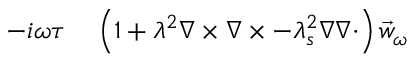
\begin{array} { r l } { - i \omega \tau } & { { } \left( 1 + \lambda ^ { 2 } \nabla \times \nabla \times - \lambda _ { s } ^ { 2 } \nabla \nabla \cdot \right) \vec { w } _ { \omega } } \end{array}